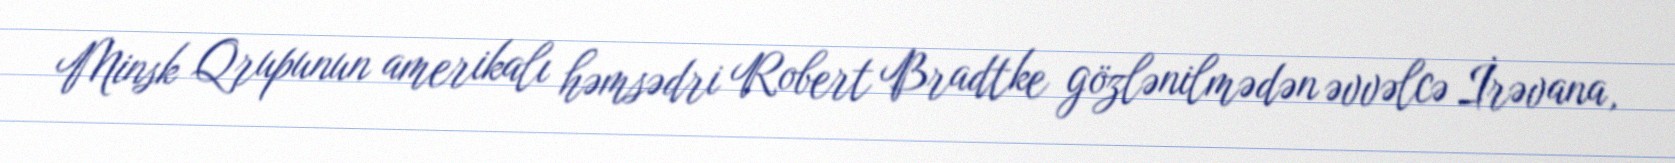
Minsk Qrupunun amerikalı həmsədri Robert Bradtke gözlənilmədən əvvəlcə İrəvana,